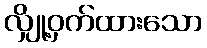
လျှို့ဝှက်ထားသော